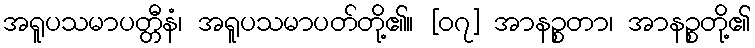
အရူပသမာပတ္တီနံ၊ အရူပသမာပတ်တို့၏။ [၀၇] အာနဉ္စတာ၊ အာနဉ္စတို့၏